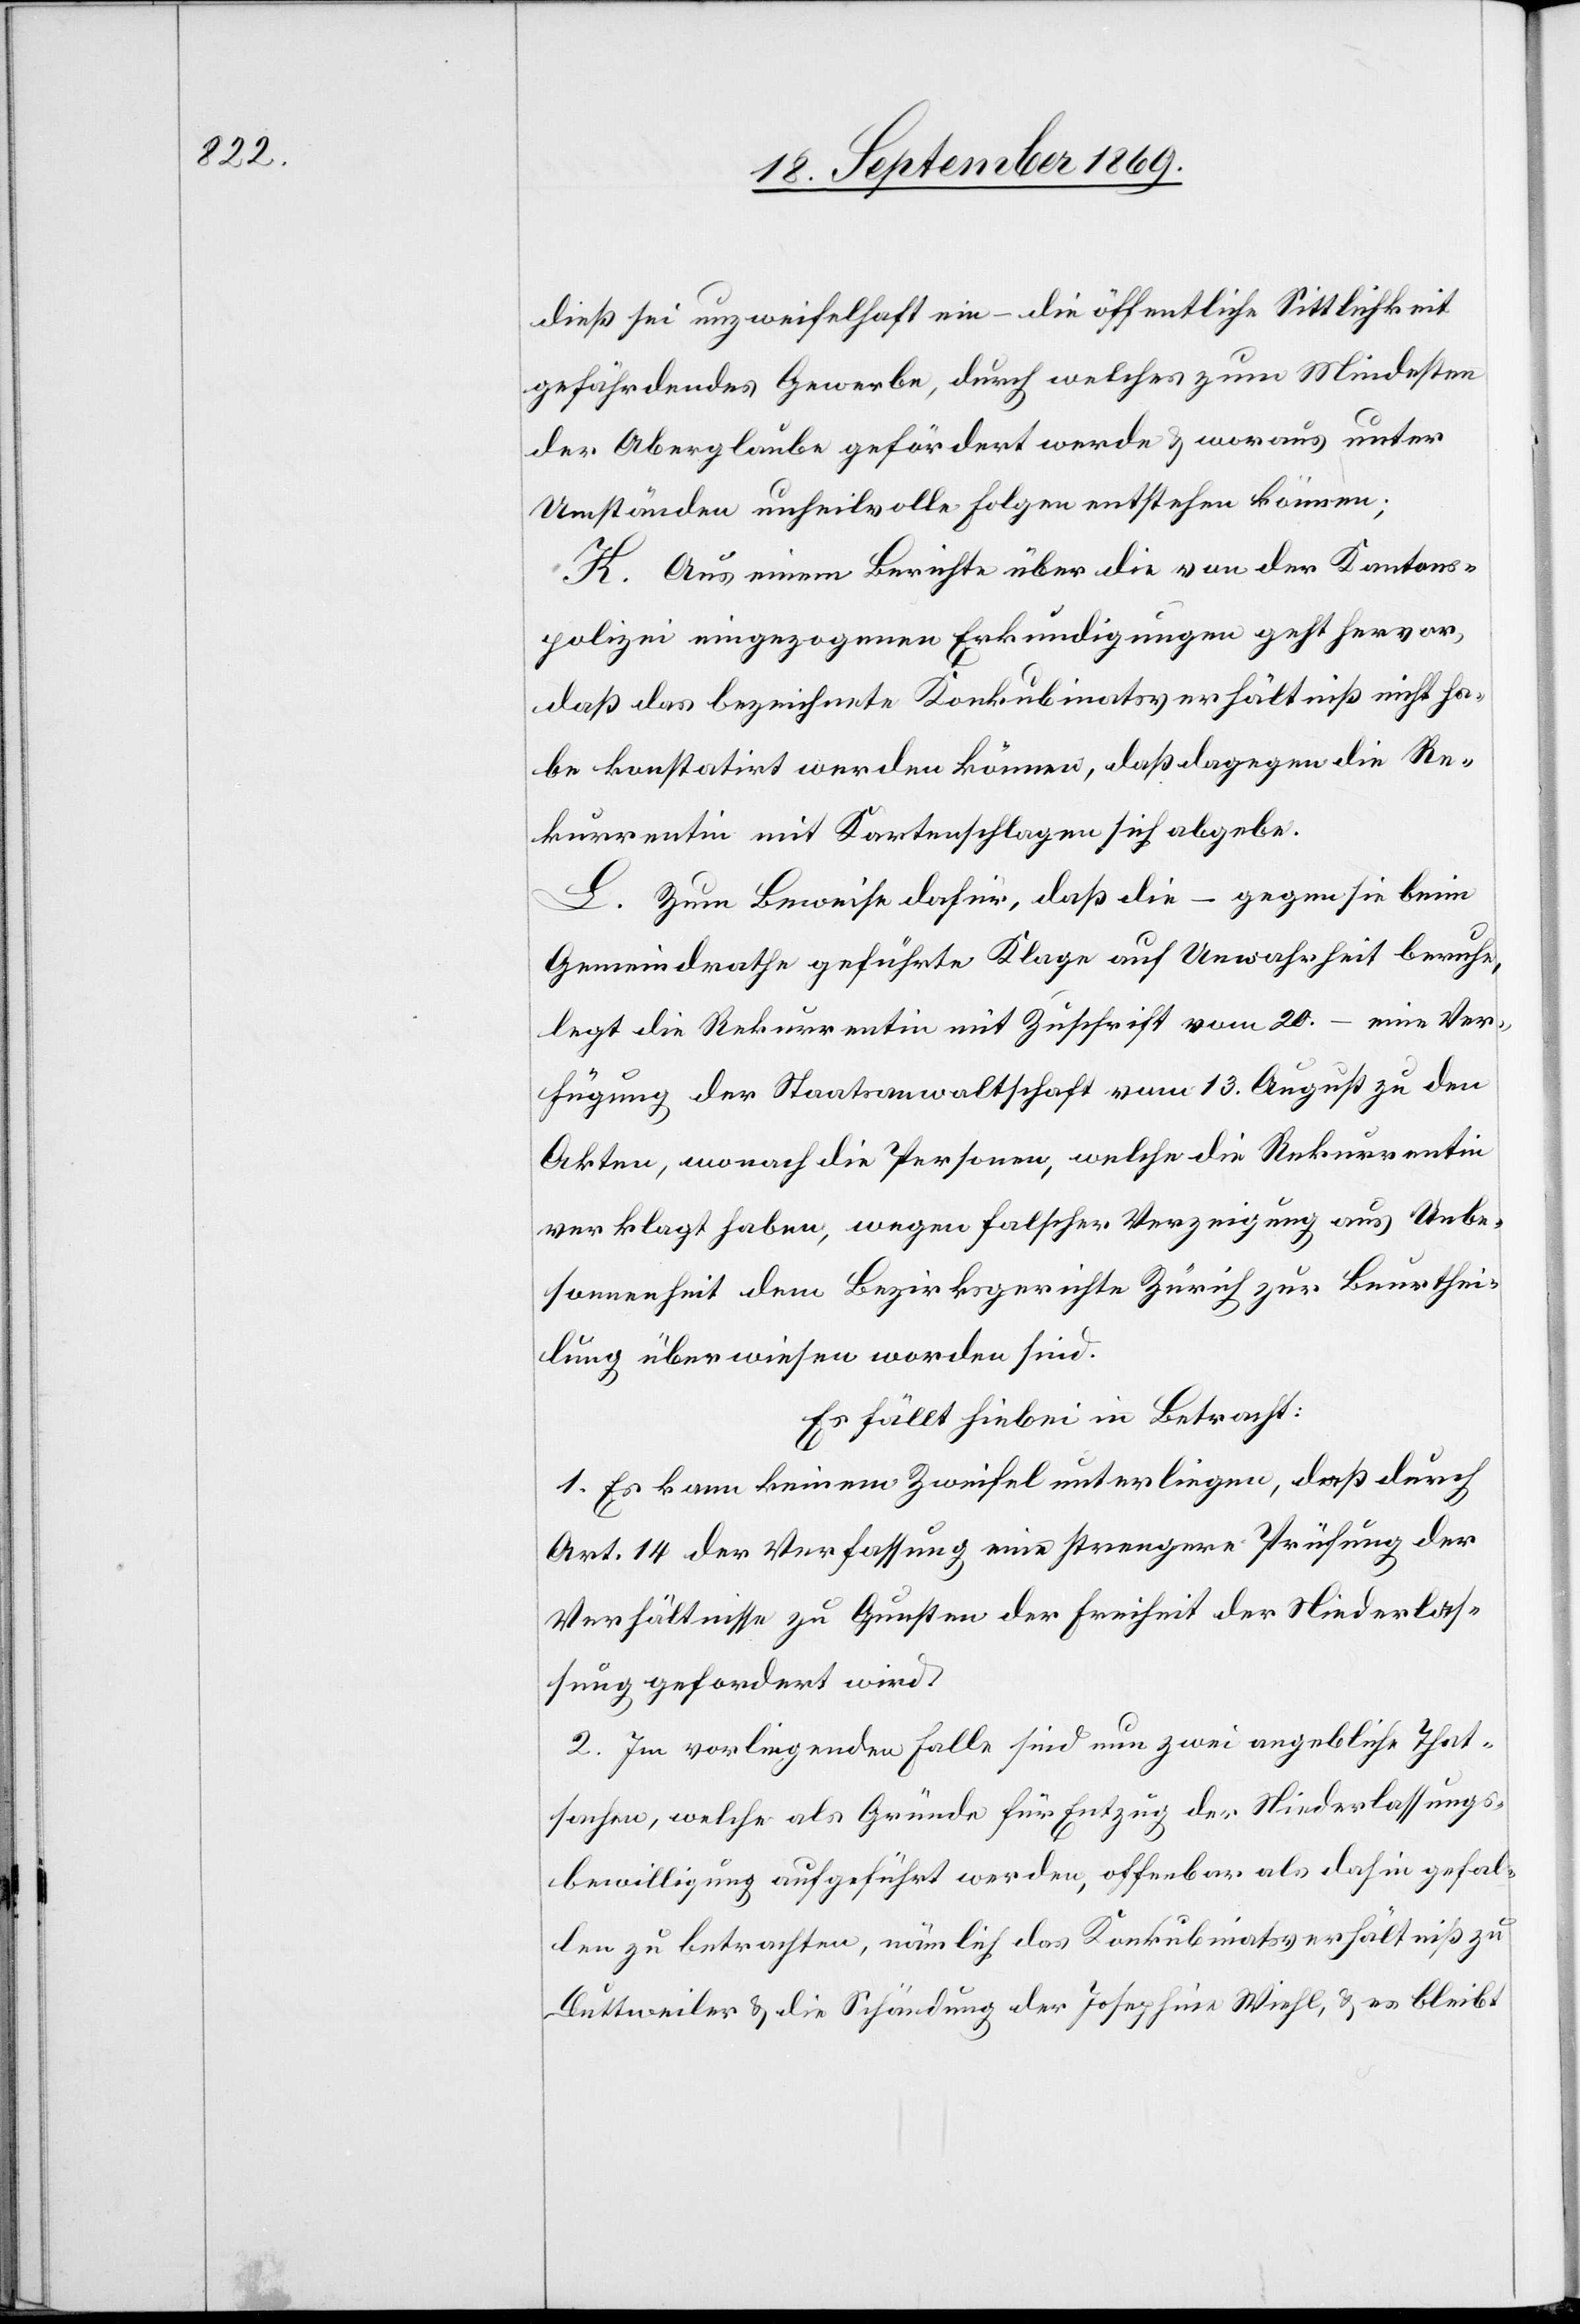
dieß sei unzweifelhaft ein – die öffentliche Sittlichkeit
gefährdendes Gewerbe, durch welches zum Mindesten
der Aberglaube gefördert werde & woraus unter
Umständen unheilvolle Folgen entstehen können;
K. Aus einem Berichte über die von der Kantons¬
polizei eingezogenen Erkundigungen geht hervor,
daß das bezeichnete Konkubinatsverhältniß nicht ha¬
be konstatirt werden können, daß dagegen die Re¬
kurrentin mit Kartenschlagen sich abgebe.
L. Zum Beweise dafür, daß die – gegen sie beim
Gemeindrathe geführte Klage auf Unwahrheit beruhe,
legt die Rekurrentin mit Zuschrift vom 20. – eine Ver¬
fügung der Staatsanwaltschaft vom 13. August zu den
Akten, wonach die Personen, welche die Rekurrentin
verklagt haben, wegen falscher Verzeigung aus Unbe¬
sonnenheit dem Bezirksgerichte Zürich zur Beurthei¬
lung überwiesen worden sind.
Es fällt hiebei in Betracht:
1. Es kann keinem Zweifel unterliegen, daß durch
Art. 14 der Verfassung eine strengere Prüfung der
Verhältnisse zu Gunsten der Freiheit der Niederlas¬
sung gefordert wird.
2. Im vorliegenden Falle sind nun zwei angebliche That¬
sachen, welche als Gründe für Entzug der Niederlassungs¬
bewilligung aufgeführt werden, offenbar als dahin gefal¬
len zu betrachten, nämlich das Konkubinatsverhältniß zu
Duttweiler & die Schändung der Josephine Wiehl, & es bleibt